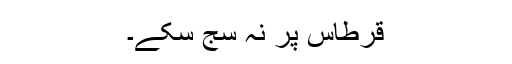
قرطاس پر نہ سج سکے۔